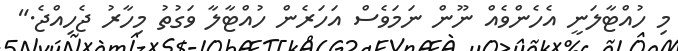
މި ހުއްޓާލަނީ އެހެންވެއް ނޫން ނަމަވެސް އަހަރެން ހުއްޓާލާ ވަގުތު މިހާރު ޖެހިއްޖެ."